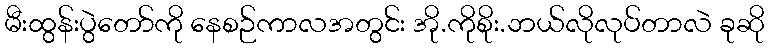
မီးထွန်းပွဲတော်ကို နေစဉ်ကာလအတွင်း အို.ကိုစိုး.ဘယ်လိုလုပ်တာလဲ ခုဆို